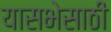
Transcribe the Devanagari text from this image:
यासभेसाठी